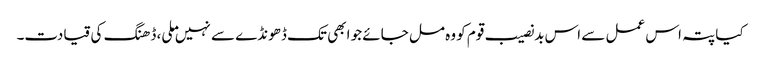
کیا پتہ اس عمل سے اس بدنصیب قوم کو وہ مل جائے جو ابھی تک ڈھونڈے سے نہیں ملی، ڈھنگ کی قیادت۔